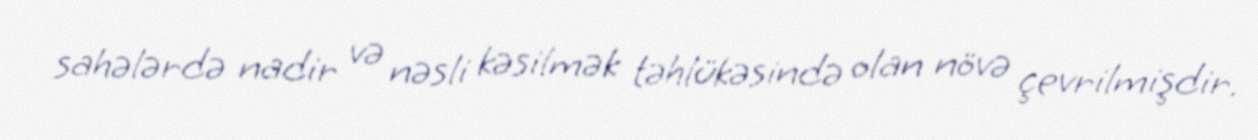
sahələrdə nadir və nəsli kəsilmək təhlükəsində olan növə çevrilmişdir.